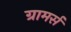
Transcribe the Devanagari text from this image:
ग्रामर्स